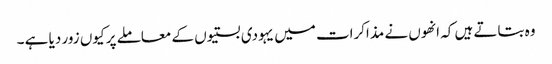
وہ بتاتے ہیں کہ انھوں نے مذاکرات میں یہودی بستیوں کے معاملے پر کیوں زور دیا ہے ۔